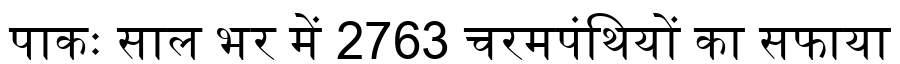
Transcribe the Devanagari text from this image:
पाकः साल भर में 2763 चरमपंथियों का सफाया